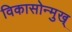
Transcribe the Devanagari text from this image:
विकासोन्मुख्